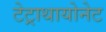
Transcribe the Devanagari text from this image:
टेट्राथायोनेट